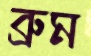
ব্রুম